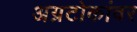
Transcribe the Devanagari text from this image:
अग्रटोकांवर